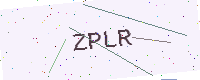
Text: ZPLR